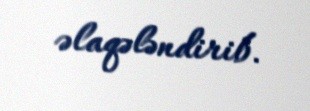
əlaqələndirib.